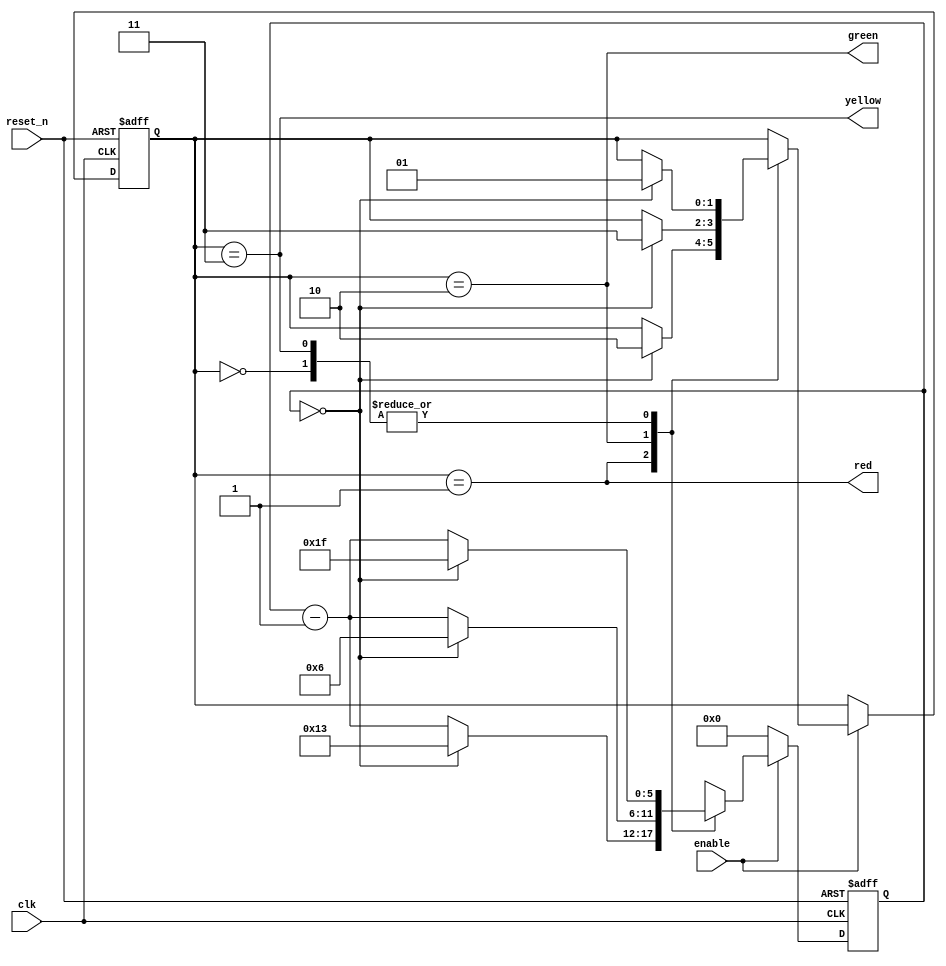
module traffic_light (
    input wire clk,
    input wire reset_n,
    input wire enable,
    output reg red,
    output reg yellow,
    output reg green
);

    // Define states
    localparam IDLE = 2'b00;
    localparam RED_STATE = 2'b01;
    localparam GREEN_STATE = 2'b10;
    localparam YELLOW_STATE = 2'b11;

    // Define state register
    reg [1:0] state;

    // Define counter for state transitions
    reg [5:0] counter;

    // State transition logic
    always @(posedge clk or negedge reset_n)
    begin
        if (~reset_n)
        begin
            state <= IDLE;
            counter <= 0;
        end
        else if (enable)
        begin
            case (state)
                IDLE:
                    if (counter == 0)
                    begin
                        state <= RED_STATE;
                        counter <= 31;
                    end
                    else
                        counter <= counter - 1;
                RED_STATE:
                    if (counter == 0)
                    begin
                        state <= GREEN_STATE;
                        counter <= 19;
                    end
                    else
                        counter <= counter - 1;
                GREEN_STATE:
                    if (counter == 0)
                    begin
                        state <= YELLOW_STATE;
                        counter <= 6;
                    end
                    else
                        counter <= counter - 1;
                YELLOW_STATE:
                    if (counter == 0)
                    begin
                        state <= RED_STATE;
                        counter <= 31;
                    end
                    else
                        counter <= counter - 1;
            endcase
        end
        else
            counter <= 0;
    end

    // Output logic
    always @(state)
    begin
        red = (state == RED_STATE);
        yellow = (state == YELLOW_STATE);
        green = (state == GREEN_STATE);
    end

endmodule